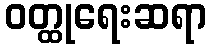
ဝတ္ထုရေးဆရာ